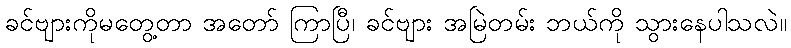
ခင်ဗျားကိုမတွေ့တာ အတော် ကြာပြီ၊ ခင်ဗျား အမြဲတမ်း ဘယ်ကို သွားနေပါသလဲ။